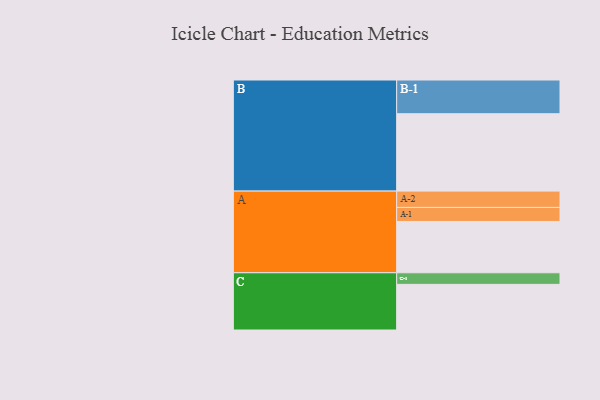
{"axis": {"x": "Segment", "y": "Value"}, "legend": ["", "A", "B", "C"], "data": [{"x": "A", "y": 380, "type": ""}, {"x": "B", "y": 573, "type": ""}, {"x": "C", "y": 338, "type": ""}, {"x": "A-1", "y": 104, "type": "A"}, {"x": "A-2", "y": 121, "type": "A"}, {"x": "B-1", "y": 250, "type": "B"}, {"x": "C-1", "y": 86, "type": "C"}]}